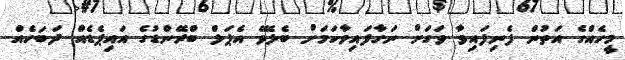
މީހެއްގެ އަތުން ފެނިފައިވާ ވަގަށް ނަގާފައިވާކަމަށް ބެލެވޭ އެޕަލް ބްރޭންޑުގެ އައިޕެޑެއް ދަބަހެއް